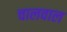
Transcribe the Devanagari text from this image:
चालवाल